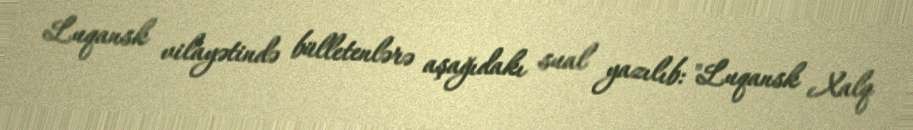
Luqansk vilayətində bülletenlərə aşağıdakı sual yazılıb: "Luqansk Xalq